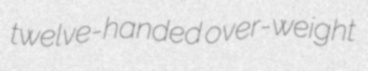
twelve-handed over-weight